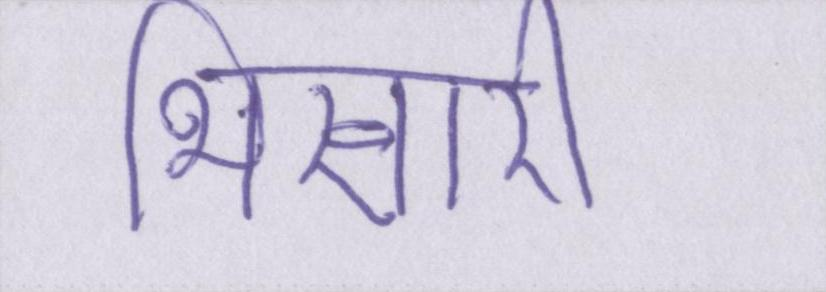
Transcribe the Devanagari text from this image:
भिखारी